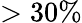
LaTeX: >30\%